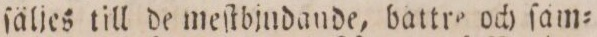
ſäljes till de meſtbjndande, battre och ſäm=